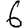
Digit: 6